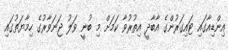
އިންޑިއާގައި ޓައިގަރުންގެ އާބާދީ އިތުރުވާ ކަމަށް މި ބުނީ ވަލު ޖަނަވާރުގެ ހިމާޔަތުގައި